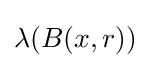
\lambda (B(x,r))